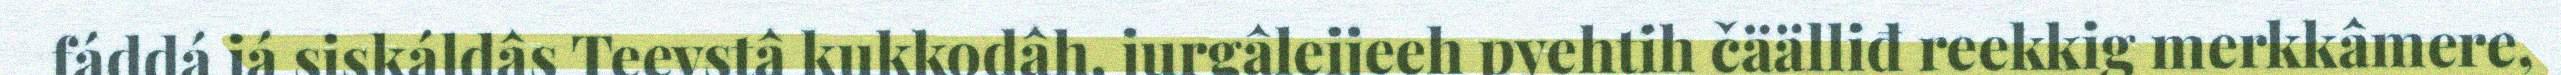
fáddá já siskáldâs Teevstâ kukkodâh, jurgâleijeeh pyehtih čäälliđ reekkig merkkâmere,